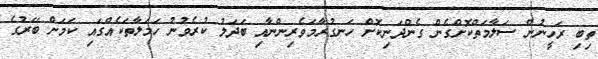
ތިބި ރަހީނުން ސަލާމަތްކޮށްގެން ގެންދަނިކޮށް ހަނގުރާމަވެރިންނާއި ބަދަލު ކުރެވުނު ހަމަލާތަކެއްގައި ކަމަށް ބޭރުގެ